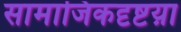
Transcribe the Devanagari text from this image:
सामाजिकदृष्टय़ा